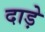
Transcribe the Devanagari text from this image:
दाड़े